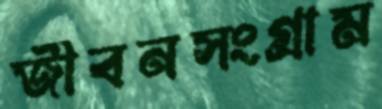
জীবনসংগ্রাম